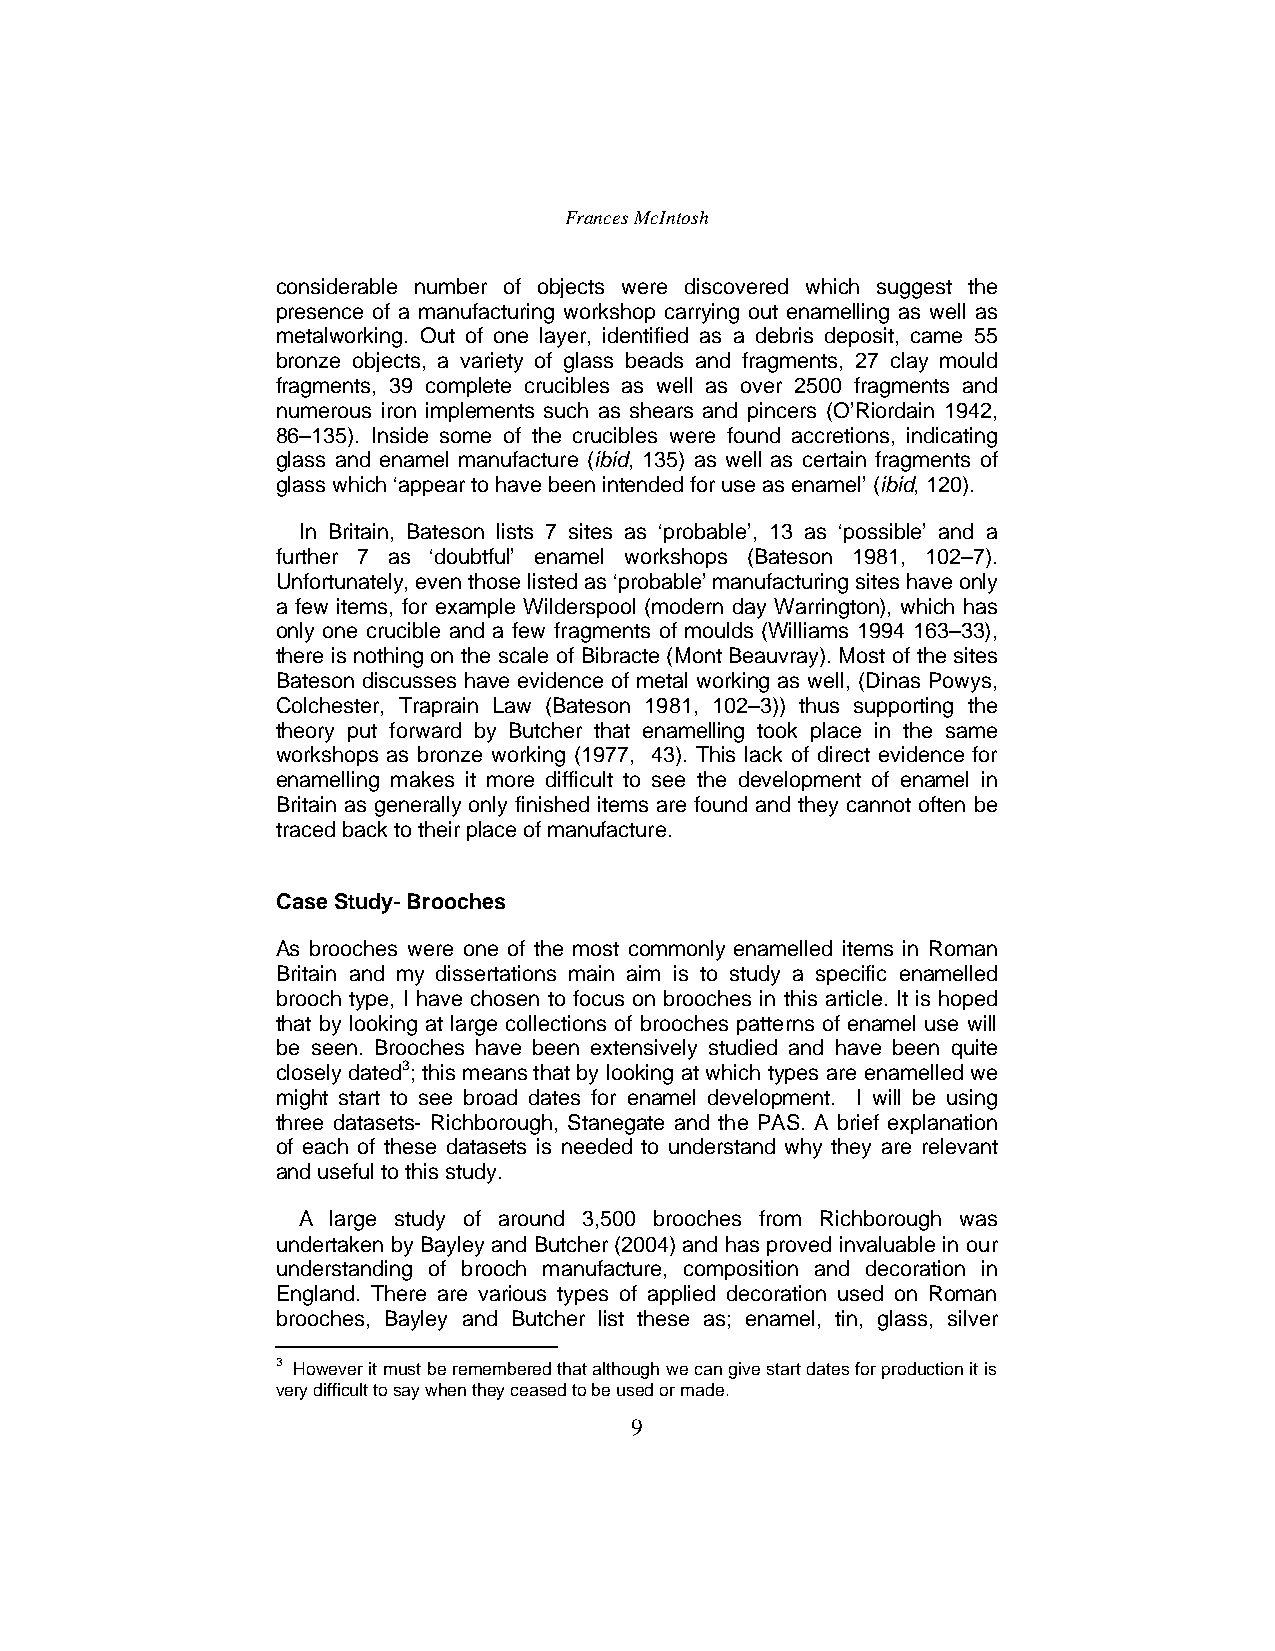
Frances McIntosh
 considerable number of objects were discovered which suggest the
 presence of a manufacturing workshop carrying out enamelling as well as
 metalworking. Out of one layer, identified as a debris deposit, came 55
 bronze objects, a variety of glass beads and fragments, 27 clay mould
 fragments, 39 complete crucibles as well as over 2500 fragments and
 numerous iron implements such as shears and pincers (O’Riordain 1942,
 86–135). Inside some of the crucibles were found accretions, indicating
 glass and enamel manufacture (ibid, 135) as well as certain fragments of
 glass which ‘appear to have been intended for use as enamel’ (ibid, 120).
 In Britain, Bateson lists 7 sites as ‘probable’, 13 as ‘possible’ and a
 further 7 as ‘doubtful’ enamel workshops (Bateson 1981, 102–7).
 Unfortunately, even those listed as ‘probable’ manufacturing sites have only
 a few items, for example Wilderspool (modern day Warrington), which has
 only one crucible and a few fragments of moulds (Williams 1994 163–33),
 there is nothing on the scale of Bibracte (Mont Beauvray). Most of the sites
 Bateson discusses have evidence of metal working as well, (Dinas Powys,
 Colchester, Traprain Law (Bateson 1981, 102–3)) thus supporting the
 theory put forward by Butcher that enamelling took place in the same
 workshops as bronze working (1977, 43). This lack of direct evidence for
 enamelling makes it more difficult to see the development of enamel in
 Britain as generally only finished items are found and they cannot often be
 traced back to their place of manufacture.
 Case Study- Brooches
 As brooches were one of the most commonly enamelled items in Roman
 Britain and my dissertations main aim is to study a specific enamelled
 brooch type, I have chosen to focus on brooches in this article. It is hoped
 that by looking at large collections of brooches patterns of enamel use will
 be seen. Brooches have been extensively studied and have been quite
 closely dated3; this means that by looking at which types are enamelled we
 might start to see broad dates for enamel development. I will be using
 three datasets- Richborough, Stanegate and the PAS. A brief explanation
 of each of these datasets is needed to understand why they are relevant
 and useful to this study.
 A large study of around 3,500 brooches from Richborough was
 undertaken by Bayley and Butcher (2004) and has proved invaluable in our
 understanding of brooch manufacture, composition and decoration in
 England. There are various types of applied decoration used on Roman
 brooches, Bayley and Butcher list these as; enamel, tin, glass, silver
 3 However it must be remembered that although we can give start dates for production it is
 very difficult to say when they ceased to be used or made.
 9